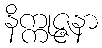
နိက္ကုဇ္ဇနာ